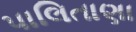
પાલિતાણા